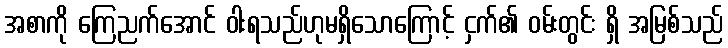
အစာကို ကြေညက်အောင် ဝါးရသည်ဟုမရှိသောကြောင့် ငှက်၏ ဝမ်းတွင်း ရှိ အမြစ်သည်